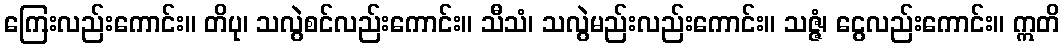
ကြေးလည်းကောင်း။ တိပု၊ သလွဲစင်လည်းကောင်း။ သီသံ၊ သလွဲမည်းလည်းကောင်း။ သဇ္ဇံ၊ ငွေလည်းကောင်း။ ဣတိ